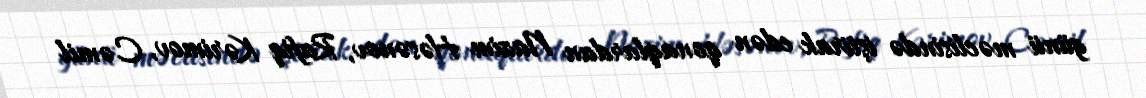
günü məclisində iştirak edən qonaqlardan Nazim Həsənov, Rafiq Kərimov, Cəmil